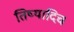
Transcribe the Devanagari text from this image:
तिष्यादिच